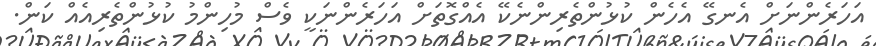
އަހަރެންނަށް އެނގޭ އެހެން ކުޅުންތެރިންނެކޭ އެއްގޮތަށް އަހަރެންނަކީ ވެސް މުހިންމު ކުޅުންތެރިއެއް ކަން.